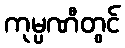
ကုမ္ပဏီတွင်